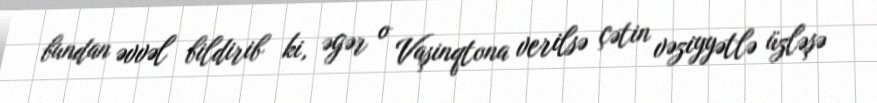
bundan əvvəl bildirib ki, əgər o Vaşinqtona verilsə çətin vəziyyətlə üzləşə